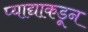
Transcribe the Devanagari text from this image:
प्याद्याकडून